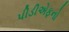
પીડીએફનો